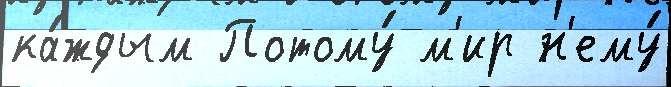
ка́ждым Потому́ м'ир н'ему́